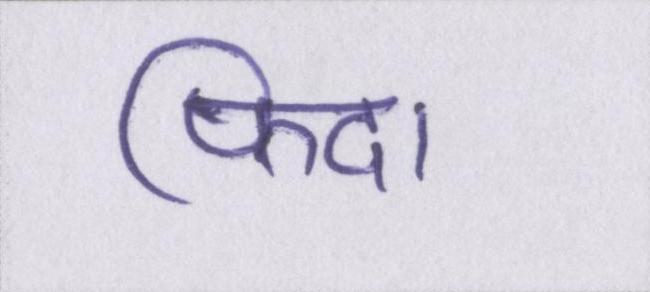
फिदा